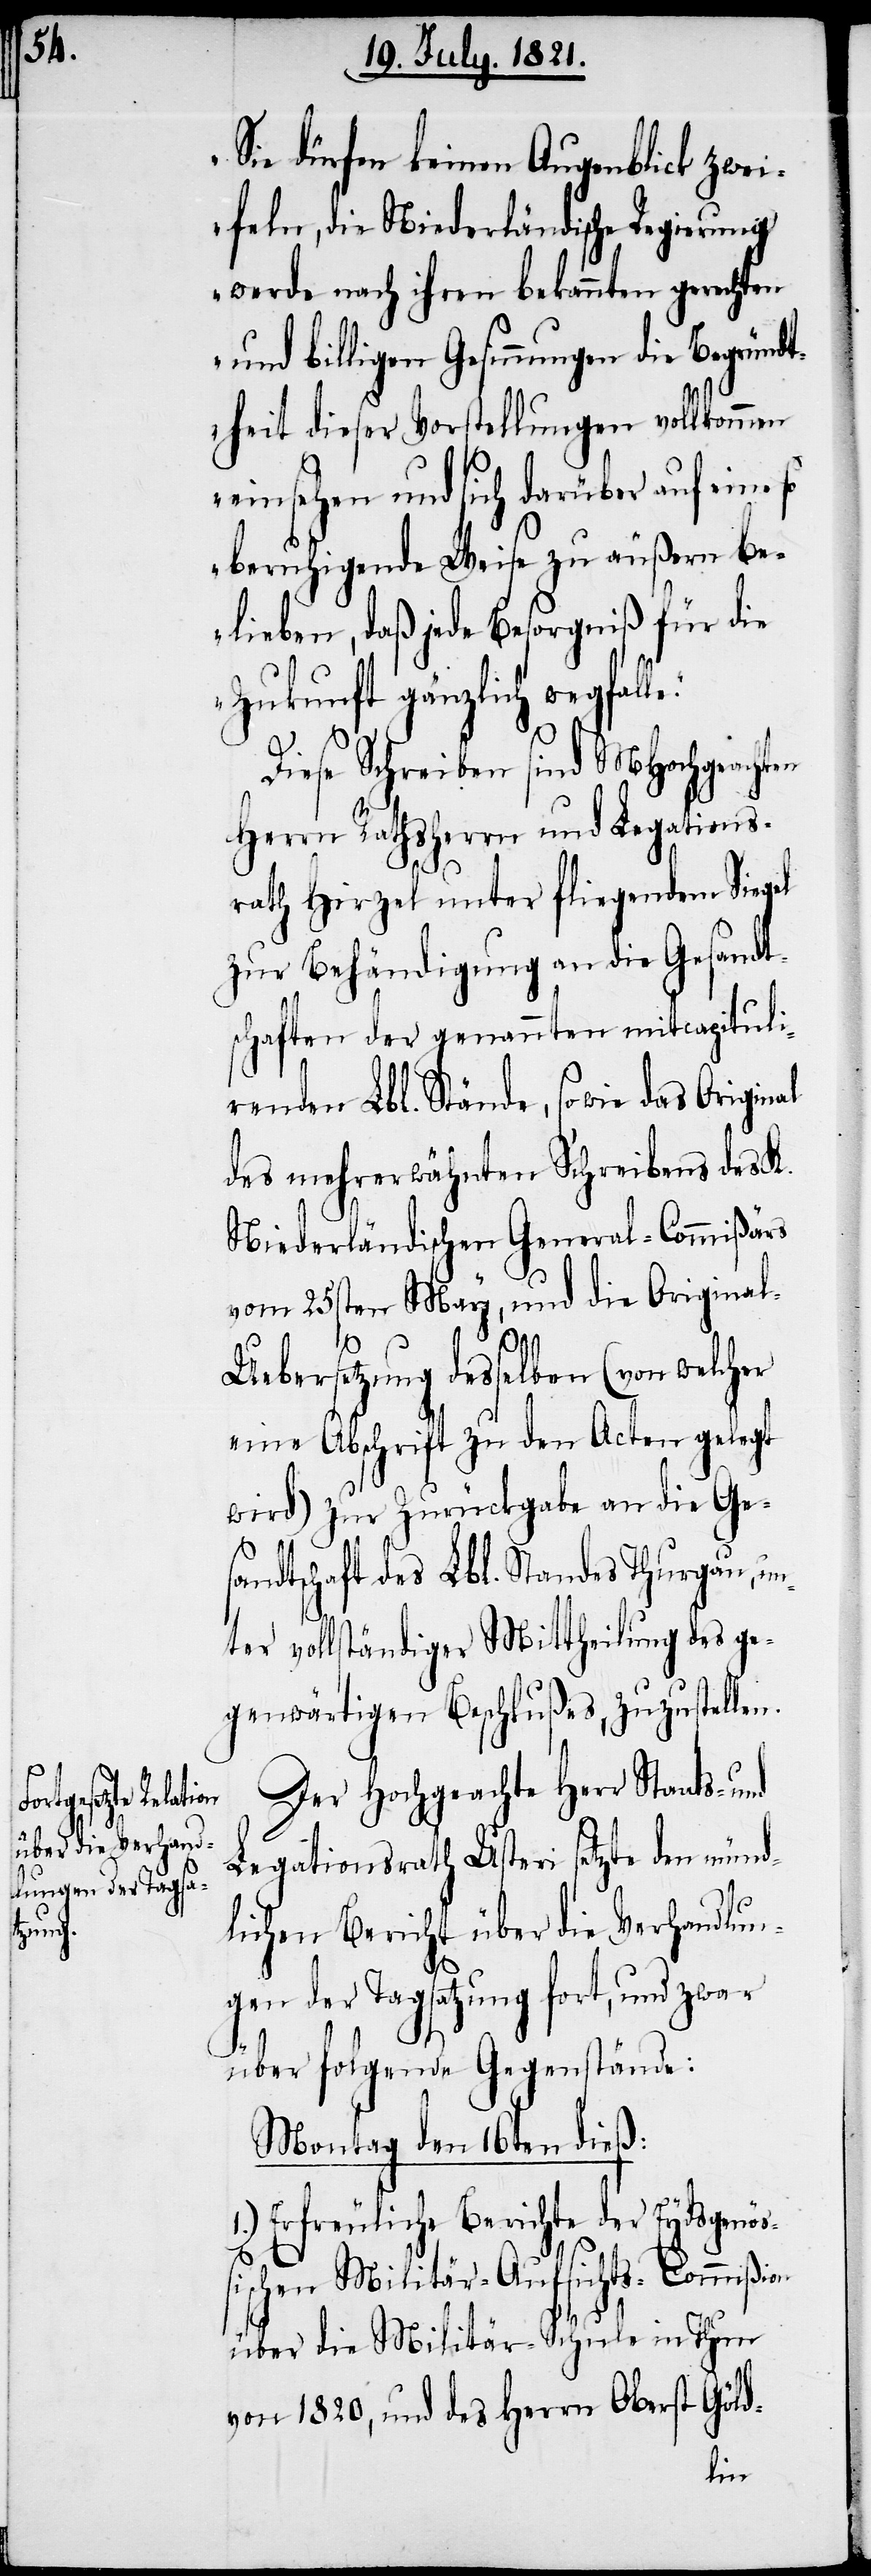
und

Sie dürfen keinen Augenblick zwei¬
feln, die Niederländische Regierung
werde nach ihren bekannten gerechten
und billigen Gesinnungen die Beg¬
theit dieser Vorstellungen vollkommen
einsehen und sich darüber auf eine
beruhigende Weise zu äußern be¬
lieben, daß jede Besorgniß für die
Zukunft gänzlich wegfal¬
Diese Schreiben sind MHochgeachten
Herrn Rathsherrn und Legations¬
rath Hirzel unter fliegendem Siegel
zur Behändigung an die Gesandt¬
en Lbl. Stände, sowie das Original
des mehrerwähnten Schreibens des K.
Niederländischen General-Commißärs
vom 25sten May, und die Origina¬
nöß¬
1.)
l-Uebersetzung desselben (von welcher
eine Abschrift zu den Acten gelegt
wird) zur Zurückgabe an die Ge¬
sandtschaft des Lbl. Standes Thurgau, un¬
ter vollständiger Mittheilung des ge¬
genwärtigen Beschlußes, zuzustellen.
Der Hochgeachte Herr Staats-
Legationsrath Usteri setzte den münd¬
lichen Bericht über die Verhandlun¬
gen der Tagsatzung fort, und zwar
über folgende Gegenstände:
Montag den 16ten dieß:
Erfreuliche Berichte der Eydsge¬
ischen Militär-Aufsichts-Commißion
über die Militär-Schule in Thun
von 1820, und des Herrn Oberst Göld-